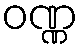
ဝဏ္ဏ